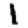
Digit: 1